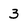
Character: 3